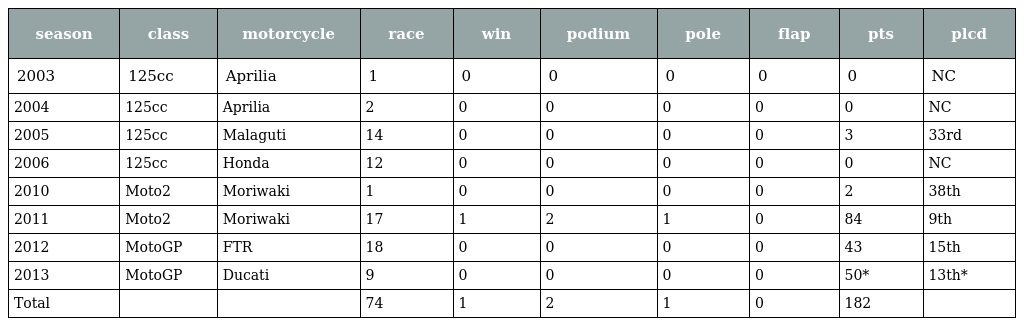
| season | class | motorcycle | race | win | podium | pole | flap | pts | plcd |
 | --- | --- | --- | --- | --- | --- | --- | --- | --- | --- |
 | 2003 | 125cc | Aprilia | 1 | 0 | 0 | 0 | 0 | 0 | NC |
 | 2004 | 125cc | Aprilia | 2 | 0 | 0 | 0 | 0 | 0 | NC |
 | 2005 | 125cc | Malaguti | 14 | 0 | 0 | 0 | 0 | 3 | 33rd |
 | 2006 | 125cc | Honda | 12 | 0 | 0 | 0 | 0 | 0 | NC |
 | 2010 | Moto2 | Moriwaki | 1 | 0 | 0 | 0 | 0 | 2 | 38th |
 | 2011 | Moto2 | Moriwaki | 17 | 1 | 2 | 1 | 0 | 84 | 9th |
 | 2012 | MotoGP | FTR | 18 | 0 | 0 | 0 | 0 | 43 | 15th |
 | 2013 | MotoGP | Ducati | 9 | 0 | 0 | 0 | 0 | 50* | 13th* |
 | Total |  |  | 74 | 1 | 2 | 1 | 0 | 182 |  |